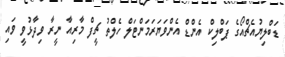
ޑަބްލިޔުއެޗްއޯގެ ޕަބްލިކް އެންޑް އެންވަޔަރަމަންޓަލް ހެލްތު ޗީފް މާރިއާ ނީރާ ވިދާޅުވީ ވައި